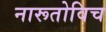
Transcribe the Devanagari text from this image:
नारूतोविच